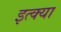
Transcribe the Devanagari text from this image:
इत्क्या